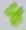
Text: 8